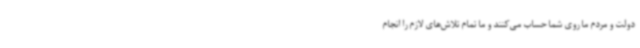
دولت و مردم ما روی شما حساب می‌کنند و ما تمام تلاش‌های لازم را انجام